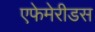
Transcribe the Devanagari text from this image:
एफेमेरीडस